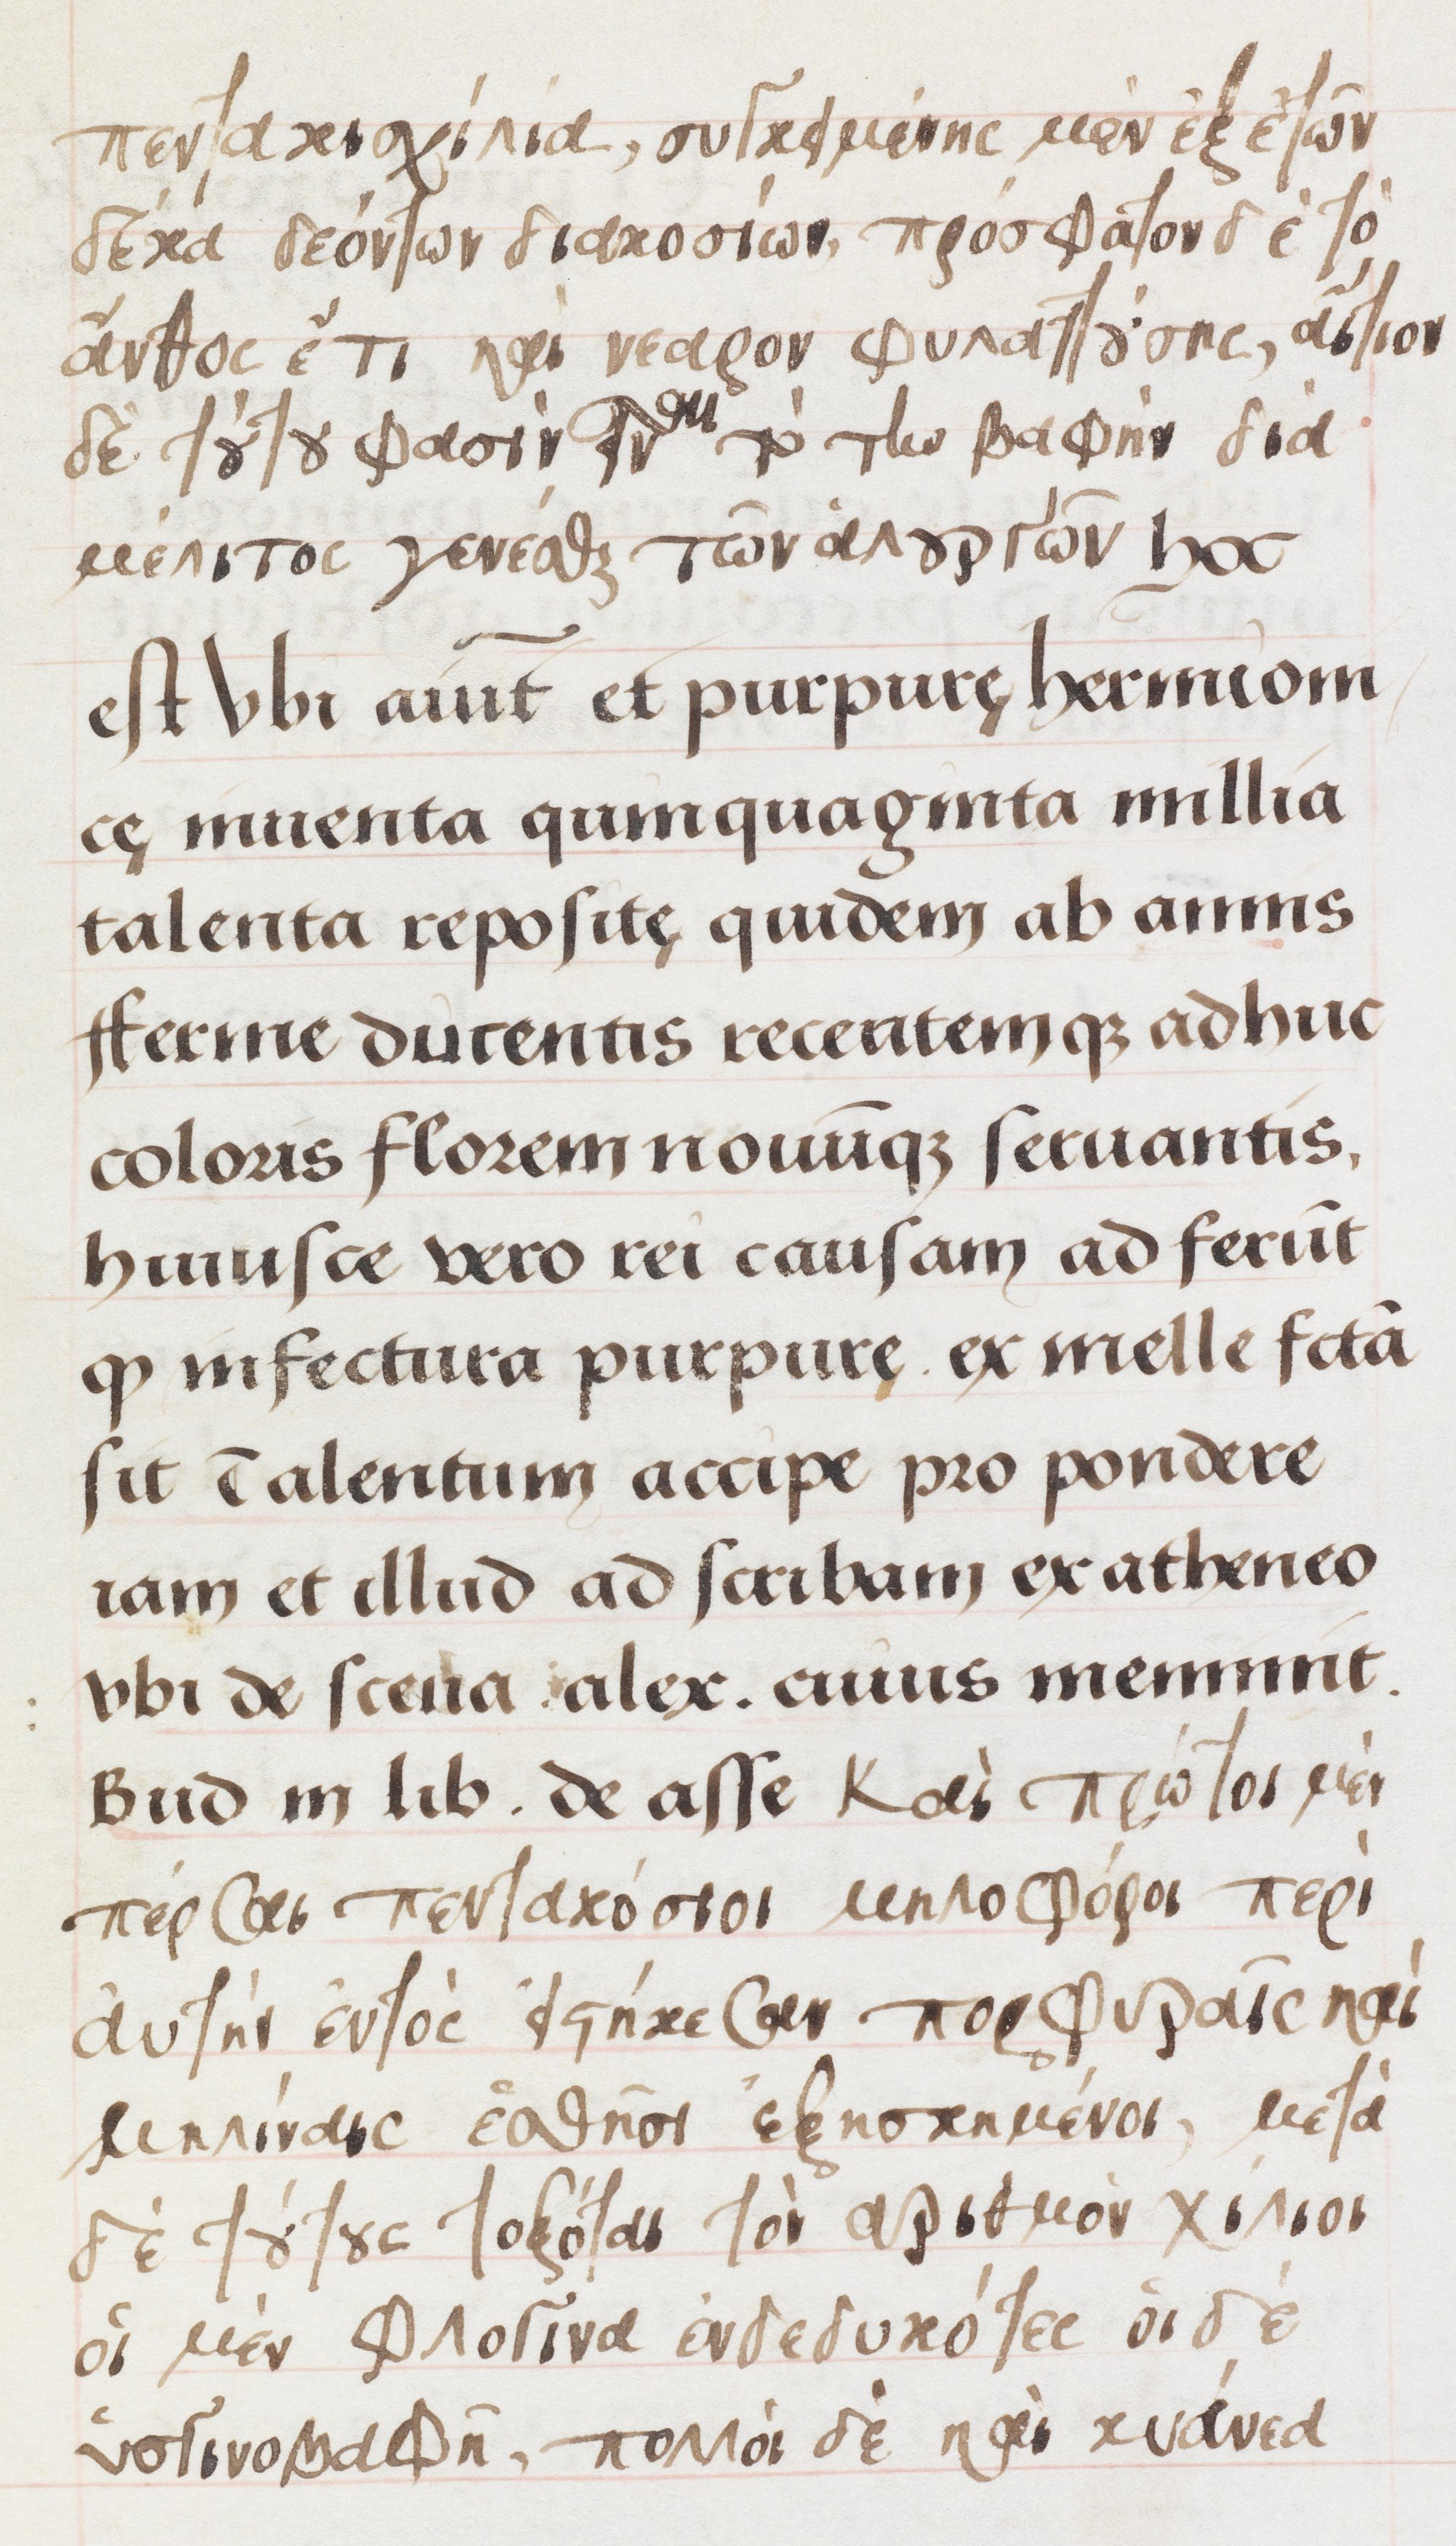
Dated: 1500–1549